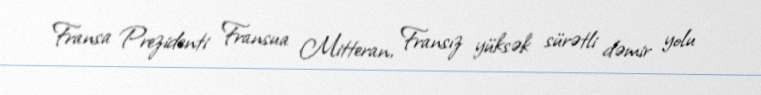
Fransa Prezidenti Fransua Mitteran, Fransız yüksək sürətli dəmir yolu